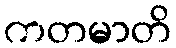
ကတမာတိ